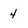
Character: 4